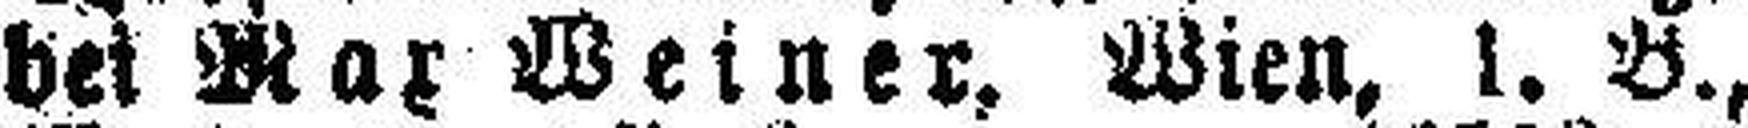
bei Max Weiner, Wien, 1. B.,